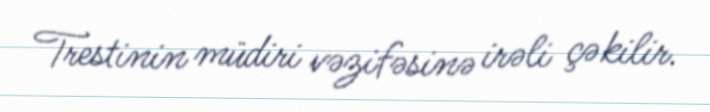
Trestinin müdiri vəzifəsinə irəli çəkilir.